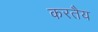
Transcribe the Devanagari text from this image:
करतैय